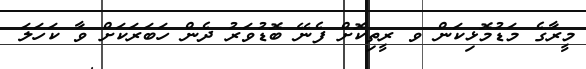
މީރާގެ މަޑުމޮޅިކަން ވ ރީތިކޮށް ފެނޭ ބޮޑުވަރު ދެން ހަބަރަކަށް ވާ ކަހަލަ